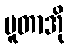
ပူတာအို